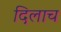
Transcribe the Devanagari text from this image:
दिलाच